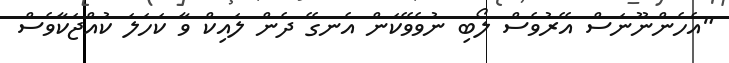
"އެހެންނޫނަސް އޭރުވެސް ލޯބި ނުވެވޭކަން އެނގޭ ދެން ލައިކް ވާ ކަހަލަ ކުއްޖަކާވެސް